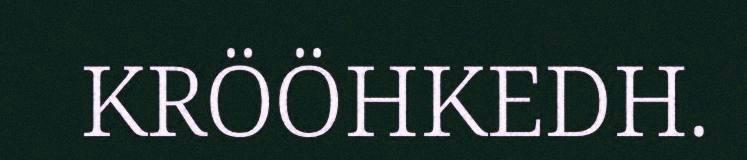
KRÖÖHKEDH.